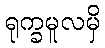
ရုက္ခမူလမှိ